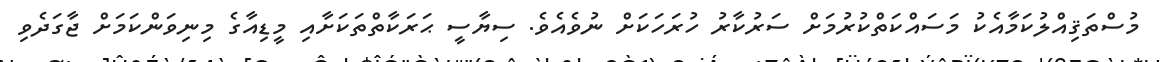
މުސްތަޤިއްލުކަމާއެކު މަސައްކަތްކުރުމަށް ސަރުކާރު ހުރަހަކަށް ނުވެއެވެ. ސިޔާސީ ޙަރަކާތްތަކަށާއި މީޑިއާގެ މިނިވަންކަމަށް ޖާގަދެވި